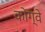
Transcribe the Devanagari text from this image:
कोंग्वे